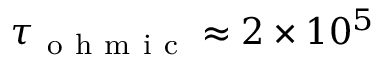
\tau _ { \mathrm { ~ o ~ h ~ m ~ i ~ c ~ } } \approx 2 \times 1 0 ^ { 5 }